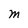
Character: M